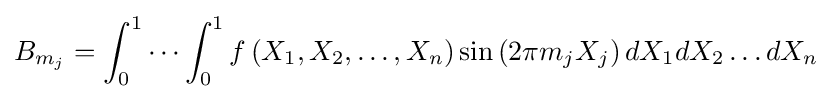
B_{m_{j}}=\int _{0}^{1}\cdots \int _{0}^{1}f\left(X_{1},X_{2},\dots ,X_{n}\right)\sin \left(2\pi m_{j}X_{j}\right)dX_{1}dX_{2}\dots dX_{n}